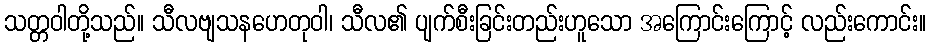
သတ္တဝါတို့သည်။ သီလဗျသနဟေတုဝါ၊ သီလ၏ ပျက်စီးခြင်းတည်းဟူသော အကြောင်းကြောင့် လည်းကောင်း။